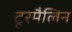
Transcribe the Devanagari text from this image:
टूरमैलिन